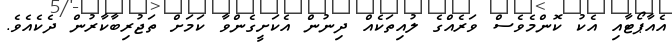
އެއާޕޯޓާއި އެކު ކޮންމެވެސް ވަރެއްގެ ލުއިތަކެއް ދިނުން އެކަށީގެންވާ ކަމަށް ތަޖުރިބާކާރުން ދެކެއެވެ.